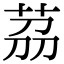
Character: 茘